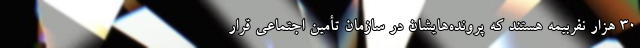
۳۰ هزار نفربیمه هستند که پرونده‌هایشان در سازمان تأمین اجتماعی قرار